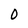
Character: 0